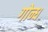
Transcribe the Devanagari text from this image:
गोन्ध